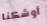
أوشكنا